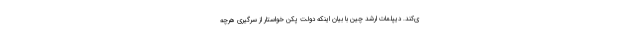
ی‌کند. دیپلمات ارشد چین با بیان اینکه دولت پکن خواستار از سرگیری هرچه